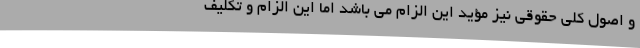
و اصول کلی حقوقی نیز مؤید این الزام می باشد اما این الزام و تکلیف